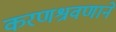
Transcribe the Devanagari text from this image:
करणश्रवणाने